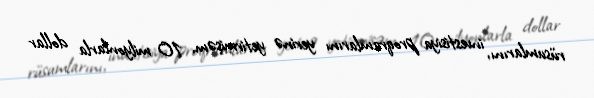
rüsumlarını, investisiya proqramlarını yerinə yetirmişəm, 10 milyonlarla dollar